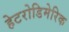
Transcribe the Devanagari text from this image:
हेटरोडिमेरिक